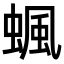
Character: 𧍯